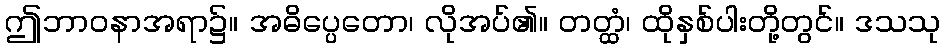
ဤဘာဝနာအရာ၌။ အဓိပ္ပေတော၊ လိုအပ်၏။ တတ္ထံ၊ ထိုနှစ်ပါးတို့တွင်။ ဒသသု